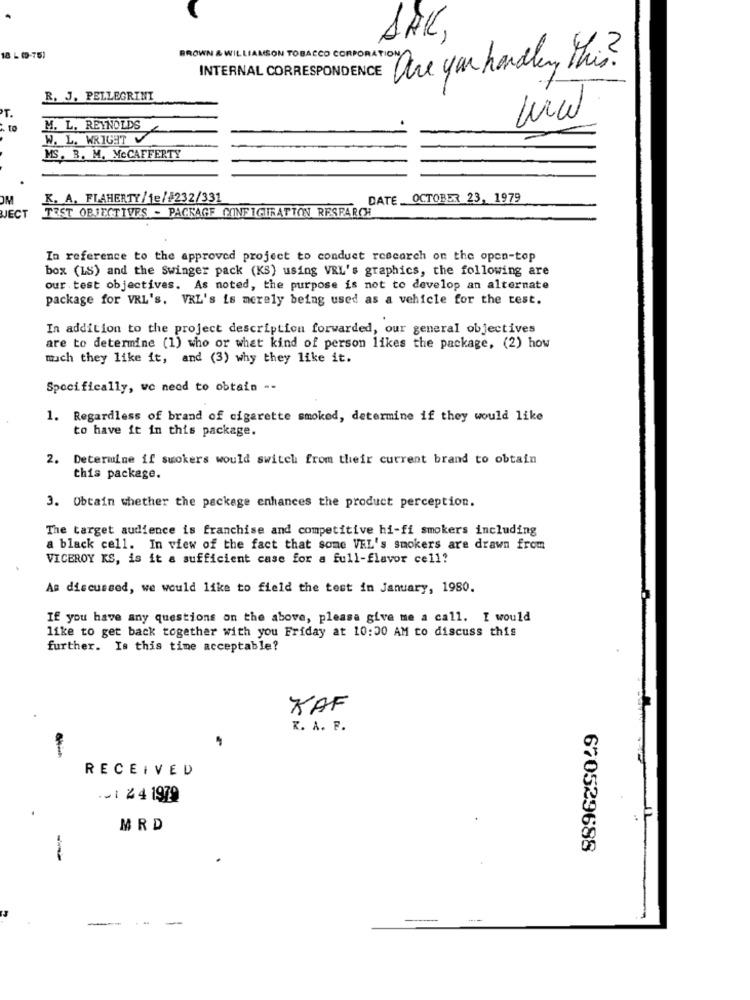
DAK,
BROWN
18 L (9-75)
WILLIAMSON TOBACCO CORPORATION
INTERNAL CORRESPONDENCE One you handling this?
R. J. PELLEGRINI
T.
to
M. L. REYNOLDS
W. L. WRIGHT
MS. B. M. MCCAFFERTY
OM
K. A. FLAHERTY/1e/#232/331
DATE OCTOBER 23, 1979
TEST OBJECTIVES - PACKAGE CONFIGURATION RESEARCH
JECT
In reference to the approved project to conduct research on the open-top
box (LS) and the Swinger pack (KS) using VRL's graphics, the following are
our test objectives. As noted, the purpose is not to develop an alternate
package for VRL's. VRL's is merely being used as a vehicle for the test.
In addition to the project description forwarded, our general objectives
are to determine (1) who or what kind of person likes the package, (2) how
much they like it, and (3) why they like it.
Specifically, we need to obtain --
1. Regardless of brand of cigarette smoked, determine if they would like
to have it in this package.
2. Determine if suokers would switch from their current brand to obtain
this package.
3. Obtain whether the package enhances the product perception.
The target audience is franchise and competitive hi-fi smokers including
a black cell. In view of the fact that some VEL's smokers are drawn from
VICEROY KS, is it a sufficient case for a full-flavor cell?
As discussed, we would like to field the test in January, 1980.
If you have any questions on the above, please give me a call. I would
like to get back together with you Friday at 10:00 AM to discuss this
further. Is this time acceptable?
KAF
K. A. F.
RECEIVED
.- 14 4 1979
MRD
670529688
-
.-.
-